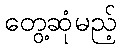
တွေ့ဆုံမည့်